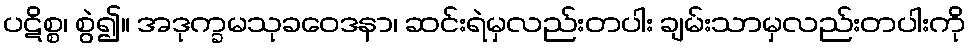
ပဋိစ္စ၊ စွဲ၍။ အဒုက္ခမသုခဝေဒနာ၊ ဆင်းရဲမှလည်းတပါး ချမ်းသာမှလည်းတပါးကို